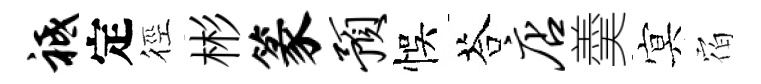
祗定徑彬篆预悞荅店羮㝠𪧐